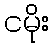
ငမိုး